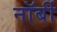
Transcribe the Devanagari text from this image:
नॉर्बी